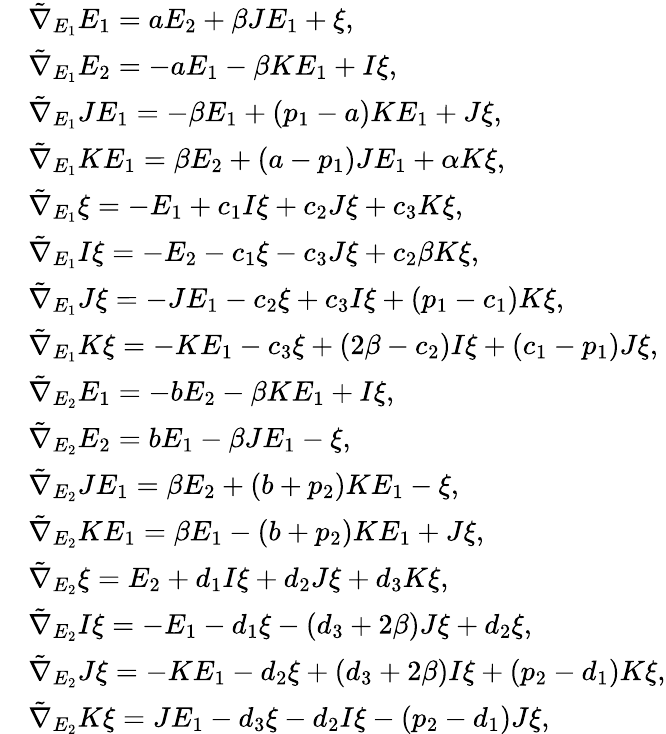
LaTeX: \begin{array}{rl}&{\tilde{\nabla}_{E_{1}}E_{1}=aE_{2}+\beta JE_{1}+\xi,}\\ &{\tilde{\nabla}_{E_{1}}E_{2}=-aE_{1}-\beta KE_{1}+I\xi,}\\ &{\tilde{\nabla}_{E_{1}}JE_{1}=-\beta E_{1}+(p_{1}-a)KE_{1}+J\xi,}\\ &{\tilde{\nabla}_{E_{1}}KE_{1}=\beta E_{2}+(a-p_{1})JE_{1}+\alpha K\xi,}\\ &{\tilde{\nabla}_{E_{1}}\xi=-E_{1}+c_{1}I\xi+c_{2}J\xi+c_{3}K\xi,}\\ &{\tilde{\nabla}_{E_{1}}I\xi=-E_{2}-c_{1}\xi-c_{3}J\xi+c_{2}\beta K\xi,}\\ &{\tilde{\nabla}_{E_{1}}J\xi=-JE_{1}-c_{2}\xi+c_{3}I\xi+(p_{1}-c_{1})K\xi,}\\ &{\tilde{\nabla}_{E_{1}}K\xi=-KE_{1}-c_{3}\xi+(2\beta-c_{2})I\xi+(c_{1}-p_{1})J\xi,}\\ &{\tilde{\nabla}_{E_{2}}E_{1}=-bE_{2}-\beta KE_{1}+I\xi,}\\ &{\tilde{\nabla}_{E_{2}}E_{2}=bE_{1}-\beta JE_{1}-\xi,}\\ &{\tilde{\nabla}_{E_{2}}JE_{1}=\beta E_{2}+(b+p_{2})KE_{1}-\xi,}\\ &{\tilde{\nabla}_{E_{2}}KE_{1}=\beta E_{1}-(b+p_{2})KE_{1}+J\xi,}\\ &{\tilde{\nabla}_{E_{2}}\xi=E_{2}+d_{1}I\xi+d_{2}J\xi+d_{3}K\xi,}\\ &{\tilde{\nabla}_{E_{2}}I\xi=-E_{1}-d_{1}\xi-(d_{3}+2\beta)J\xi+d_{2}\xi,}\\ &{\tilde{\nabla}_{E_{2}}J\xi=-KE_{1}-d_{2}\xi+(d_{3}+2\beta)I\xi+(p_{2}-d_{1})K\xi,}\\ &{\tilde{\nabla}_{E_{2}}K\xi=JE_{1}-d_{3}\xi-d_{2}I\xi-(p_{2}-d_{1})J\xi,}\end{array}